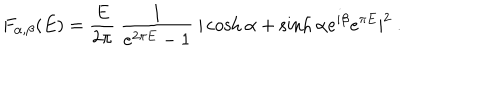
F _ { \alpha , \beta } ( E ) = { \frac { E } { 2 \pi } } ~ { \frac { 1 } { e ^ { 2 \pi E } - 1 } } ~ | \cosh \alpha + \sinh \alpha e ^ { i \beta } e ^ { \pi E } | ^ { 2 } ~ .